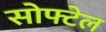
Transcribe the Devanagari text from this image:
सोफ्टेल